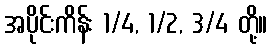
အပိုင်းကိန်း 1/4, 1/2, 3/4 တို့။